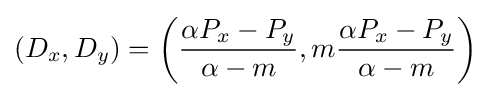
(D_{x},D_{y})=\left({\frac {\alpha P_{x}-P_{y}}{\alpha -m}},m{\frac {\alpha P_{x}-P_{y}}{\alpha -m}}\right)